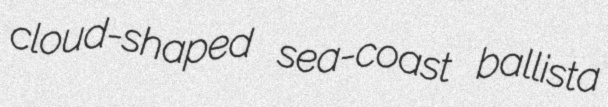
cloud-shaped sea-coast ballista